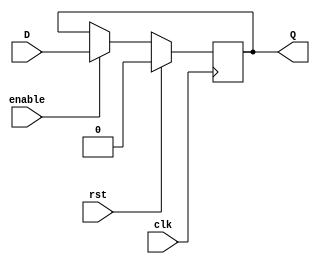
module PosEdgeDFF
(
input clk, rst, D, enable,
output reg Q
);
	always @ (posedge clk)
	begin
		if(rst)
			Q <= 'b0;
		else if (enable)
			Q <= D;
	end
endmodule